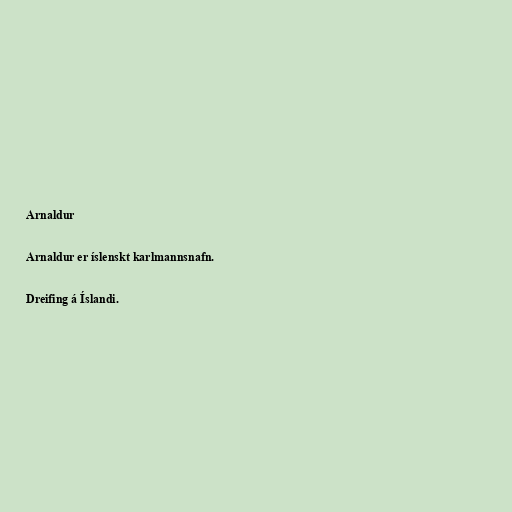
Arnaldur

Arnaldur er íslenskt karlmannsnafn.

Dreifing á Íslandi.